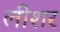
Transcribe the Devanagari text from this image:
लीशर